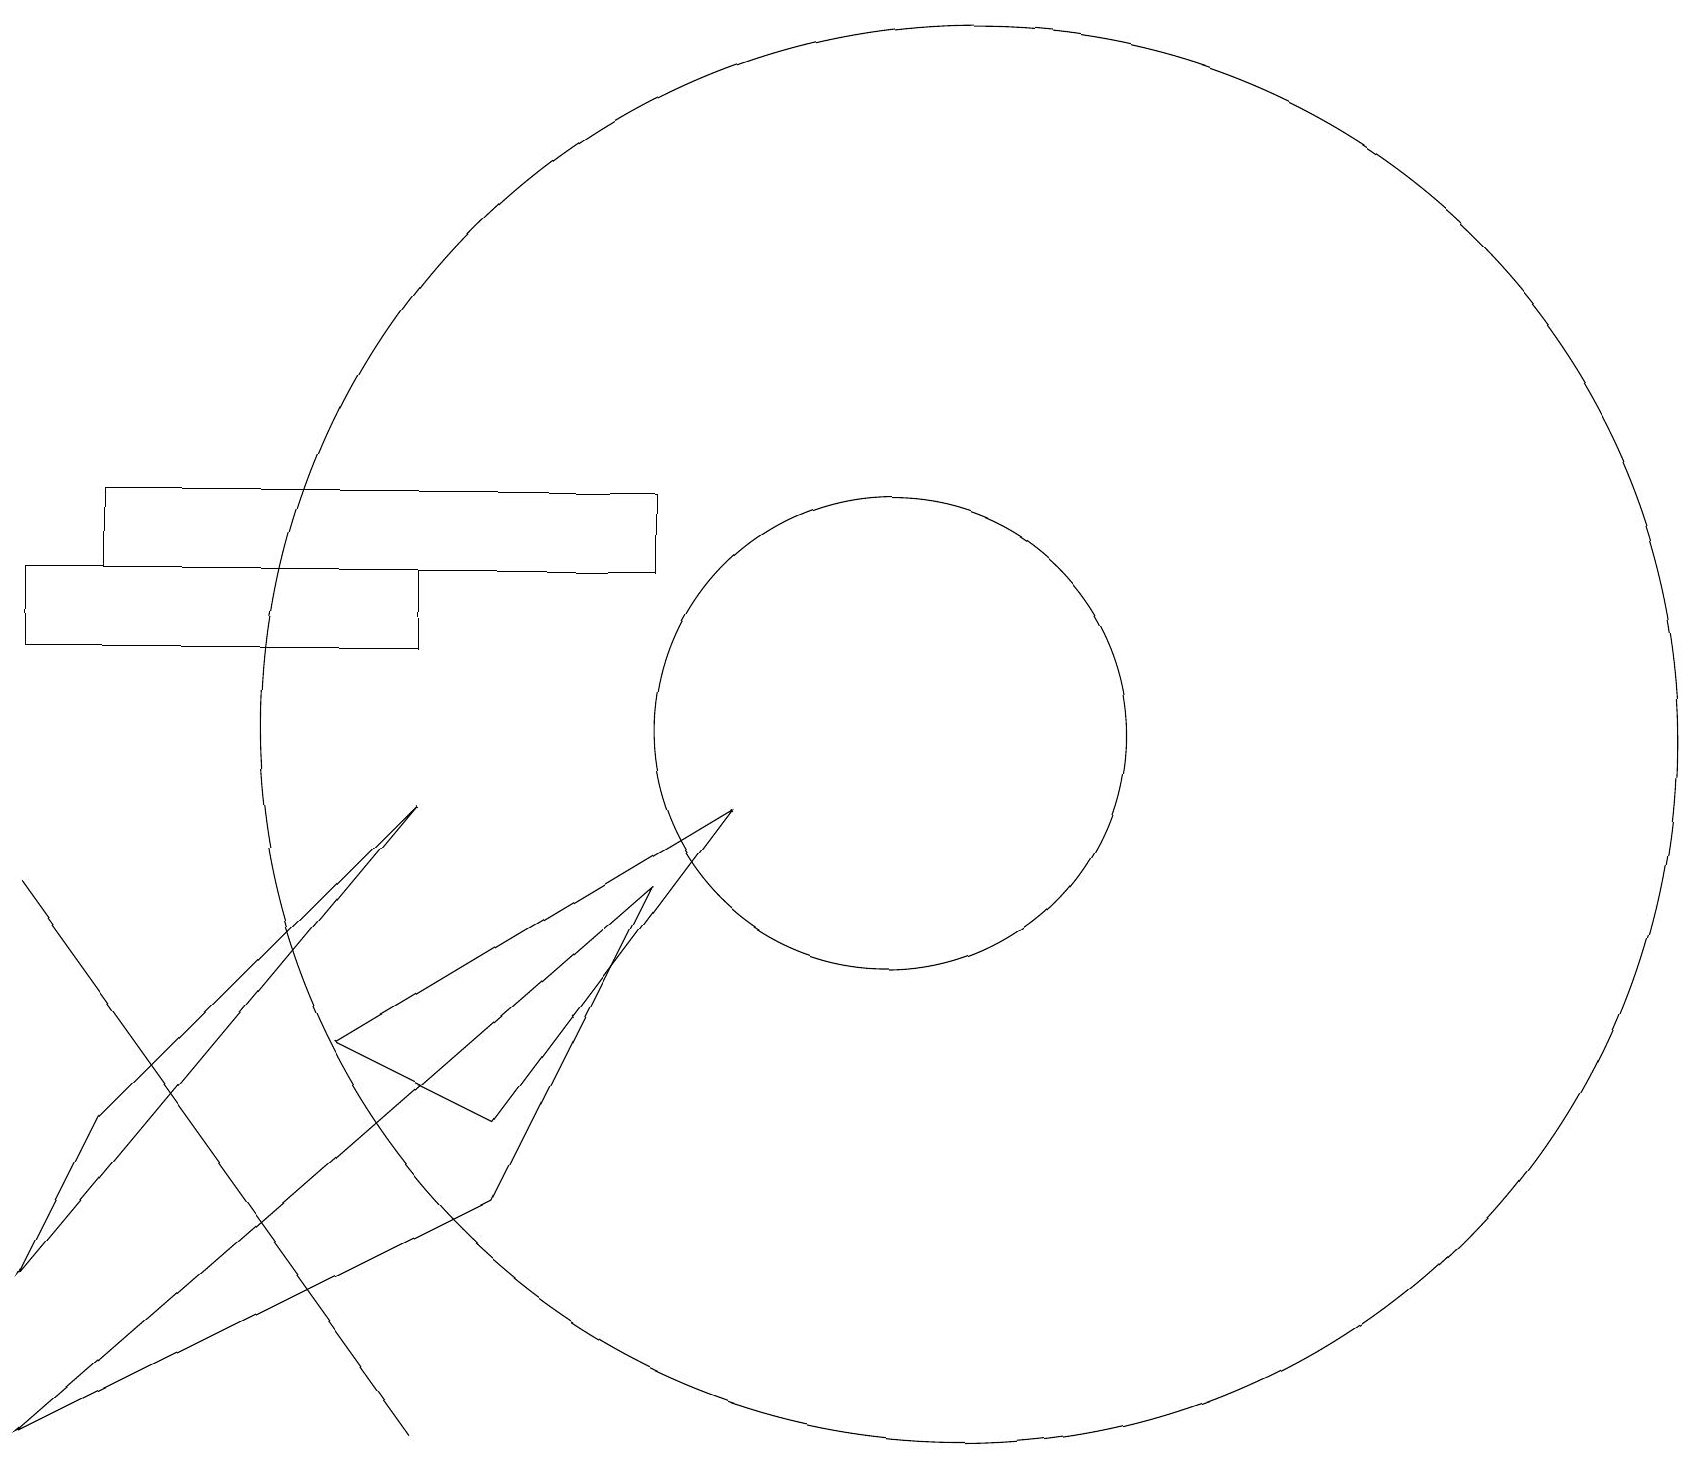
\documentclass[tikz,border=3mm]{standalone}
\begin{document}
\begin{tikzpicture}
\draw (8,13) rectangle (1,12);
\draw (6,5) -- (4,6) -- (9,9) -- cycle;
\draw (11,10) circle (3);
\draw (0,3) -- (5,9) -- (1,5) -- cycle;
\draw (5,1) -- (0,8) -- (0,8) -- cycle;
\draw (12,10) circle (9);
\draw (5,12) rectangle (0,11);
\draw (0,1) -- (8,8) -- (6,4) -- cycle;
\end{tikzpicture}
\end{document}